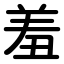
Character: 羞